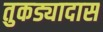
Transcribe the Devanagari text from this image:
तुकड्यादास